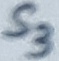
Text: S3